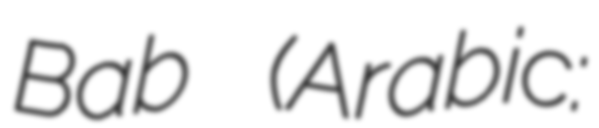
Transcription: Bab (Arabic: